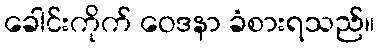
ခေါင်းကိုက် ဝေဒနာ ခံစားရသည်။